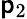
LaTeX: \mathsf{p}_{2}